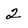
Character: 2